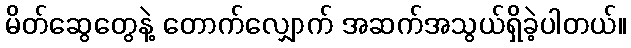
မိတ်ဆွေတွေနဲ့ တောက်လျှောက် အဆက်အသွယ်ရှိခဲ့ပါတယ်။